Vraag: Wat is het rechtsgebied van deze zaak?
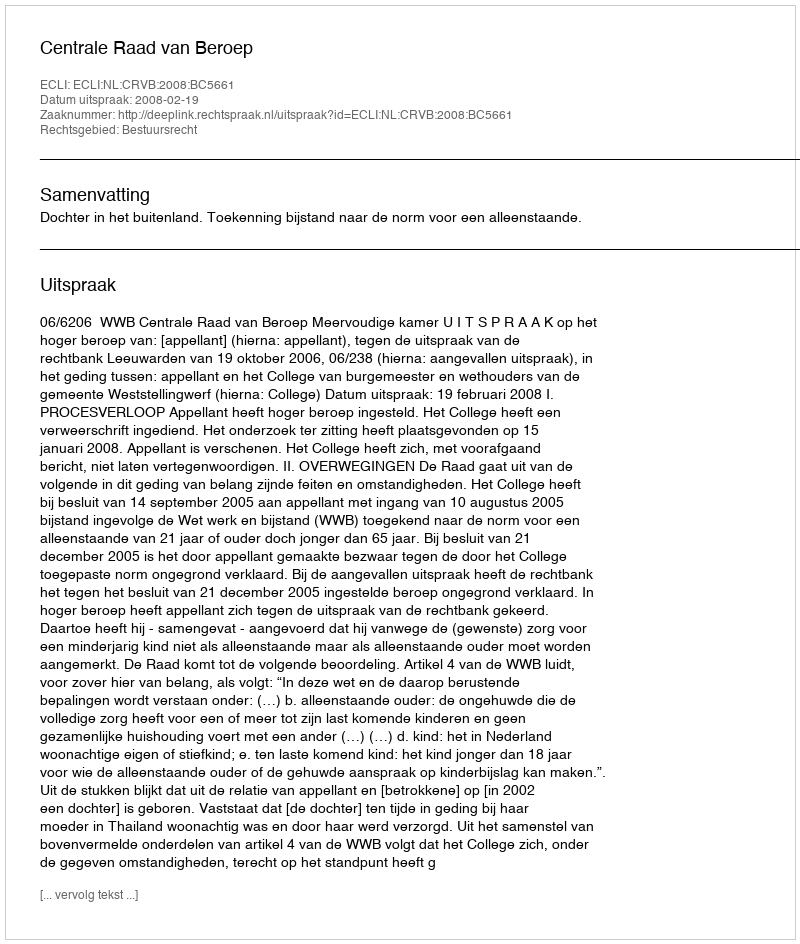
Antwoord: Bestuursrecht